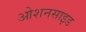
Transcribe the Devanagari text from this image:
ओशनसाइड